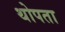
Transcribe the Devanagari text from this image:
थोपता